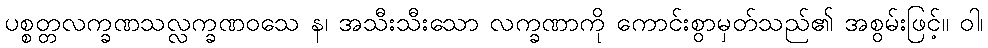
ပစ္စတ္တလက္ခဏသလ္လက္ခဏဝသေ န၊ အသီးသီးသော လက္ခဏာကို ကောင်းစွာမှတ်သည်၏ အစွမ်းဖြင့်။ ဝါ၊